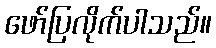
ဖော်ပြလိုက်ပါသည်။